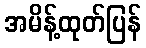
အမိန့်ထုတ်ပြန်